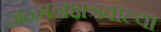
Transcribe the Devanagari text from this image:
जन्मनक्षत्रवाल्या